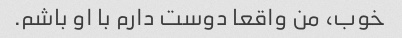
خوب، من واقعا دوست دارم با او باشم.